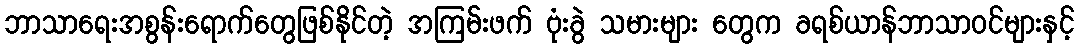
ဘာသာရေးအစွန်းရောက်တွေဖြစ်နိုင်တဲ့ အကြမ်းဖက် ဗုံးခွဲ သမားများ တွေက ခရစ်ယာန်ဘာသာဝင်များနှင့်